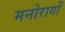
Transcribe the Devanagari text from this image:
मनोरागों